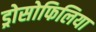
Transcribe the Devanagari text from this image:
ड्रोसोफिलिया